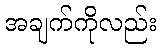
အချက်ကိုလည်း